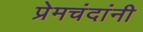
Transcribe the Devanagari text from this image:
प्रेमचंदांनी